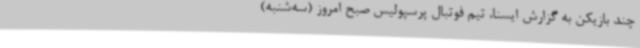
چند بازیکن به گزارش ایسنا، تیم فوتبال پرسپولیس صبح امروز (سه‌شنبه)